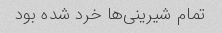
تمام شیرینی‌ها خرد شده بود